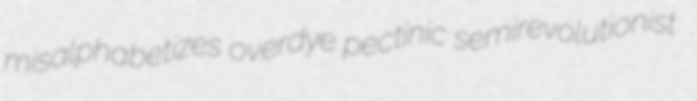
misalphabetizes overdye pectinic semirevolutionist